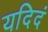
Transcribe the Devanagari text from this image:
यदिदं